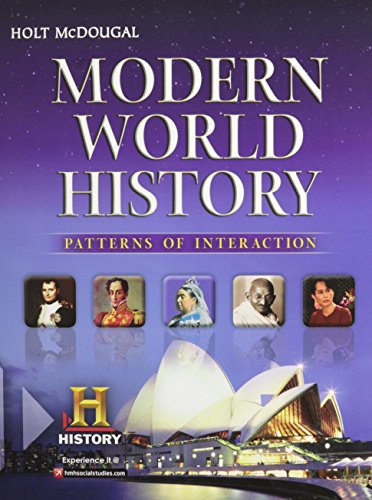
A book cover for Modern World History: Patterns of Interaction; HOLT MCDOUGAL; Teen & Young Adult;